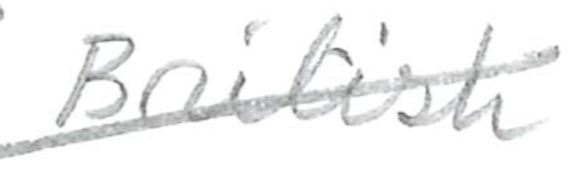
Text: British
Cross-out: diagonal
Writing tool: pencil